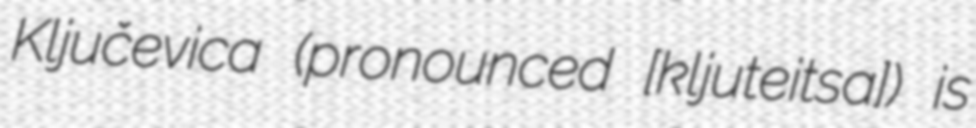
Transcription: Ključevica (pronounced [kljuˈtʃeːʋitsa]) is